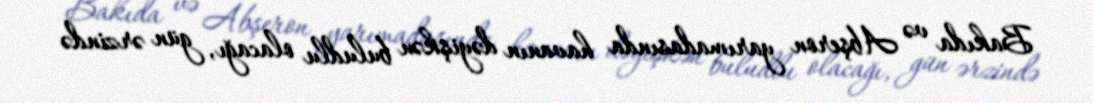
Bakıda və Abşeron yarımadasında havanın dəyişkən buludlu olacağı, gün ərzində